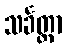
သင်္ခတ္တာ